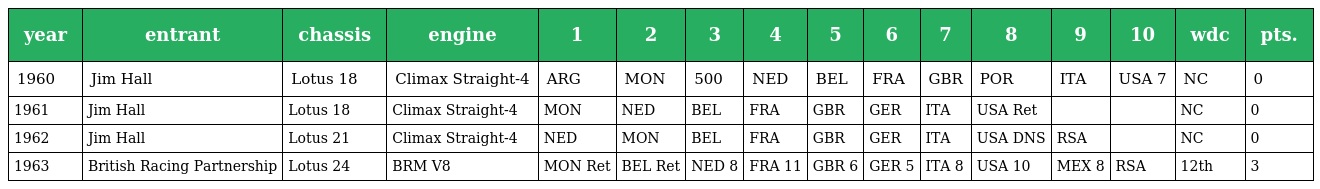
| year | entrant | chassis | engine | 1 | 2 | 3 | 4 | 5 | 6 | 7 | 8 | 9 | 10 | wdc | pts. |
 | --- | --- | --- | --- | --- | --- | --- | --- | --- | --- | --- | --- | --- | --- | --- | --- |
 | 1960 | Jim Hall | Lotus 18 | Climax Straight-4 | ARG | MON | 500 | NED | BEL | FRA | GBR | POR | ITA | USA 7 | NC | 0 |
 | 1961 | Jim Hall | Lotus 18 | Climax Straight-4 | MON | NED | BEL | FRA | GBR | GER | ITA | USA Ret |  |  | NC | 0 |
 | 1962 | Jim Hall | Lotus 21 | Climax Straight-4 | NED | MON | BEL | FRA | GBR | GER | ITA | USA DNS | RSA |  | NC | 0 |
 | 1963 | British Racing Partnership | Lotus 24 | BRM V8 | MON Ret | BEL Ret | NED 8 | FRA 11 | GBR 6 | GER 5 | ITA 8 | USA 10 | MEX 8 | RSA | 12th | 3 |